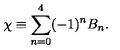
\chi \equiv \sum _ { n = 0 } ^ { 4 } ( - 1 ) ^ { n } B _ { n } .